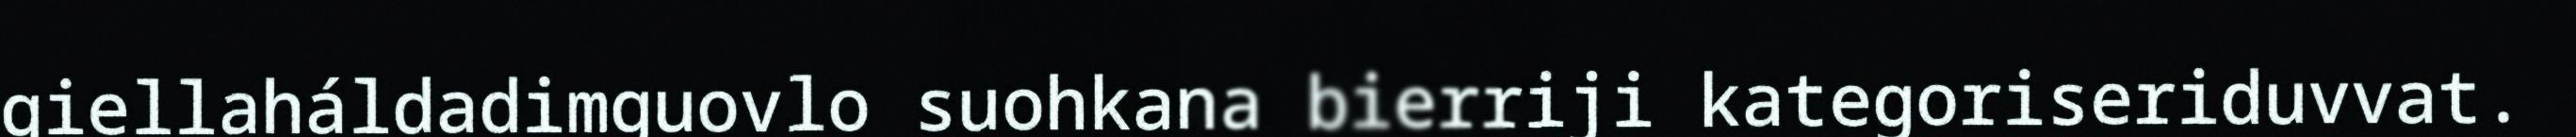
giellaháldadimguovlo suohkana bierriji kategoriseriduvvat.